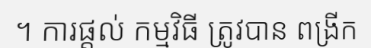
។ ការផ្តល់ កម្មវិធី ត្រូវបាន ពង្រីក